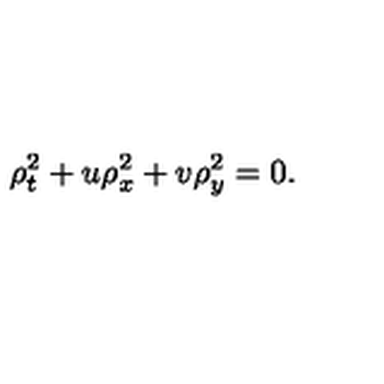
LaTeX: \rho _ { t } ^ { 2 } + u \rho _ { x } ^ { 2 } + v \rho _ { y } ^ { 2 } = 0 .